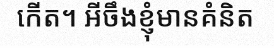
កើត។ អីចឹងខ្ញុំមានគំនិត